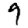
Digit: 9